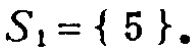
$S_{1}=\{ 5\}.$